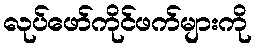
လုပ်ဖော်ကိုင်ဖက်များကို